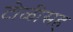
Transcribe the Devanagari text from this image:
टोळीसह